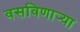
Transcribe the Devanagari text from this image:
वसविणार्‍या